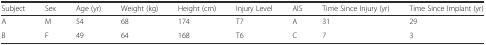
<table><thead><tr><td><b>Subject</b></td><td><b>Sex</b></td><td><b>Age (yr)</b></td><td><b>Weight (kg)</b></td><td><b>Height (cm)</b></td><td><b>Injury Level</b></td><td><b>AIS</b></td><td><b>Time Since Injury (yr)</b></td><td><b>Time Since Implant (yr)</b></td></tr></thead><tbody><tr><td>A</td><td>M</td><td>54</td><td>68</td><td>174</td><td>T7</td><td>A</td><td>31</td><td>29</td></tr><tr><td>B</td><td>F</td><td>49</td><td>64</td><td>168</td><td>T6</td><td>C</td><td>7</td><td>3</td></tr></tbody></table>